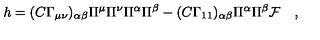
h = ( C \Gamma _ { \mu \nu } ) _ { \alpha \beta } \Pi ^ { \mu } \Pi ^ { \nu } \Pi ^ { \alpha } \Pi ^ { \beta } - ( C \Gamma _ { 1 1 } ) _ { \alpha \beta } \Pi ^ { \alpha } \Pi ^ { \beta } { \cal F } \quad ,